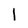
Character: 1